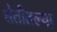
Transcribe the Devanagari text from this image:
शेतीतल्या